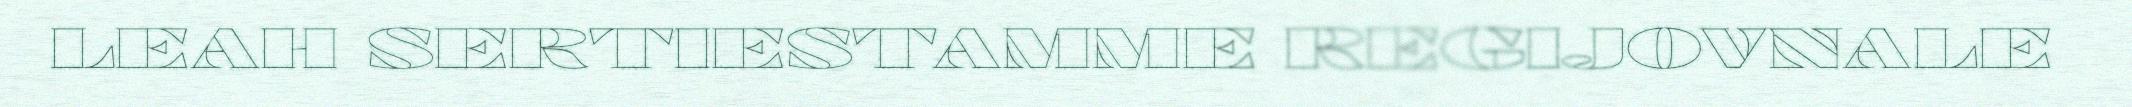
LEAH SERTIESTAMME REGIJOVNALE